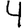
Digit: 4